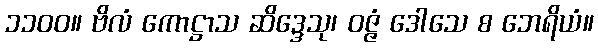
၁၁၀၀။ ဗိလံ ကောဋ္ဌာသ ဆိဒ္ဒေသု၊ ဝဇ္ဇံ ဒေါသေ စ ဘေရိယံ။